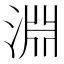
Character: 淵